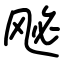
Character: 𫠈